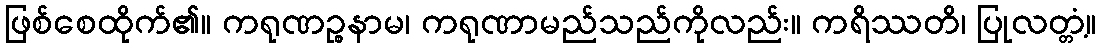
ဖြစ်စေထိုက်၏။ ကရုဏဉ္စနာမ၊ ကရုဏာမည်သည်ကိုလည်း။ ကရိဿတိ၊ ပြုလတ္တံ့။